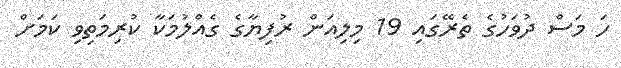
ހަ މަސް ދުވަހުގެ ތެރޭގައި 19 މިލިއަން ރުފިޔާގެ ގެއްލުމަކާ ކުރިމަތިވި ކަމަށް